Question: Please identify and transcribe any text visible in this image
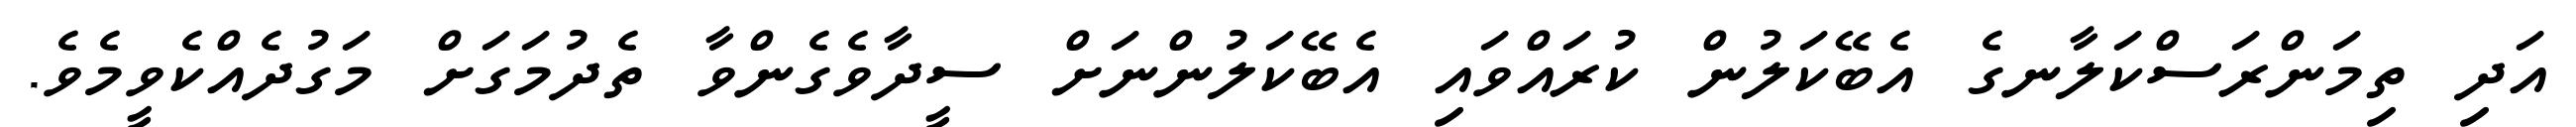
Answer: އަދި ތިމަންރަސްކަލާނގެ އެބޭކަލުން ކުރައްވައި އެބޭކަލުންނަށް ސީދާވެގެންވާ ތެދުމަގަށް މަގުދެއްކެވީމެވެ.